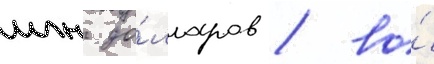
млн до́лларов / во́